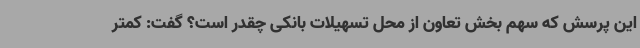
این پرسش که سهم بخش تعاون از محل تسهیلات بانکی چقدر است؟ گفت: کمتر